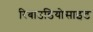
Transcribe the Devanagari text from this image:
रिबाउडियोसाइड